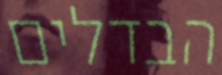
הבדלים